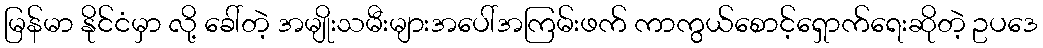
မြန်မာ နိုင်ငံမှာ လို့ ခေါ်တဲ့ အမျိုးသမီးများအပေါ်အကြမ်းဖက် ကာကွယ်စောင့်ရှောက်ရေးဆိုတဲ့ ဥပဒေ